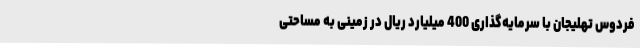
فردوس تهلیجان با سرمایه‌گذاری 400 میلیارد ریال در زمینی به مساحتی